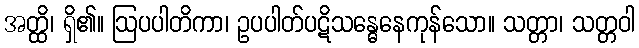
အတ္ထိ၊ ရှိ၏။ ဩပပါတိကာ၊ ဥပပါတ်ပဋိသန္ဓေနေကုန်သော။ သတ္တာ၊ သတ္တဝါ